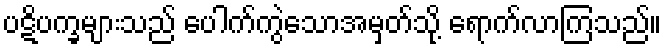
ပဋိပက္ခများသည် ပေါက်ကွဲသောအမှတ်သို့ ရောက်လာကြသည်။